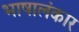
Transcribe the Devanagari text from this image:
भाषालंकार